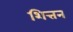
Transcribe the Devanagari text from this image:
शित्तन